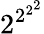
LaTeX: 2^{2^{2^{2}}}